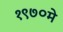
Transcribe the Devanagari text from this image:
१९७०मे